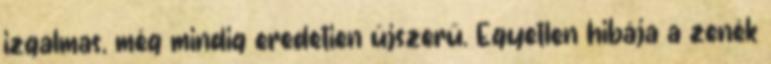
izgalmas, még mindig eredetien újszerű. Egyetlen hibája a zenék